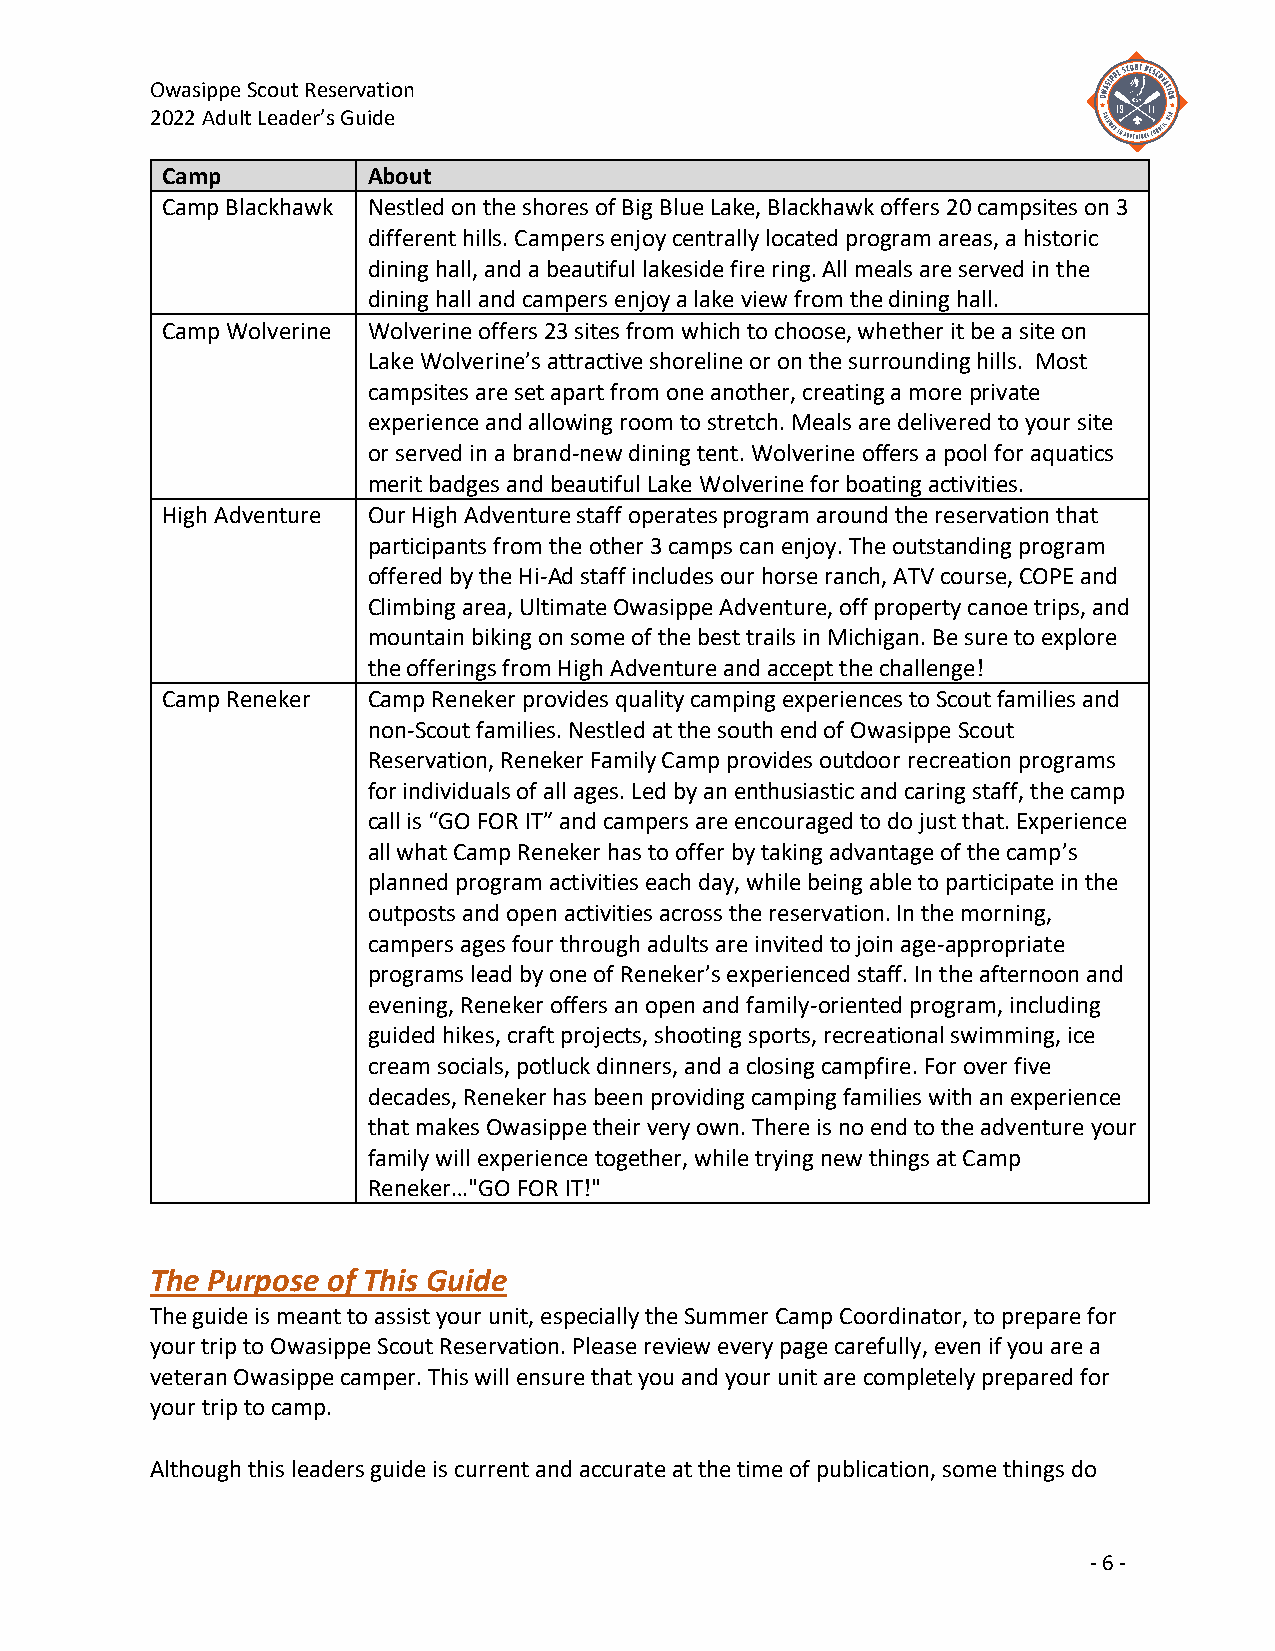
Owasippe Scout Reservation
 2022 Adult Leader’s Guide
 Camp         About
 Camp Blackhawk Nestled on the shores of Big Blue Lake, Blackhawk offers 20 campsites on 3
 different hills. Campers enjoy centrally located program areas, a historic
 dining hall, and a beautiful lakeside fire ring. All meals are served in the
 dining hall and campers enjoy a lake view from the dining hall.
 Camp Wolverine Wolverine offers 23 sites from which to choose, whether it be a site on
 Lake Wolverine’s attractive shoreline or on the surrounding hills. Most
 campsites are set apart from one another, creating a more private
 experience and allowing room to stretch. Meals are delivered to your site
 or served in a brand-new dining tent. Wolverine offers a pool for aquatics
 merit badges and beautiful Lake Wolverine for boating activities.
 High Adventure Our High Adventure staff operates program around the reservation that
 participants from the other 3 camps can enjoy. The outstanding program
 offered by the Hi-Ad staff includes our horse ranch, ATV course, COPE and
 Climbing area, Ultimate Owasippe Adventure, off property canoe trips, and
 mountain biking on some of the best trails in Michigan. Be sure to explore
 the offerings from High Adventure and accept the challenge!
 Camp Reneker Camp Reneker provides quality camping experiences to Scout families and
 non-Scout families. Nestled at the south end of Owasippe Scout
 Reservation, Reneker Family Camp provides outdoor recreation programs
 for individuals of all ages. Led by an enthusiastic and caring staff, the camp
 call is “GO FOR IT” and campers are encouraged to do just that. Experience
 all what Camp Reneker has to offer by taking advantage of the camp’s
 planned program activities each day, while being able to participate in the
 outposts and open activities across the reservation. In the morning,
 campers ages four through adults are invited to join age-appropriate
 programs lead by one of Reneker’s experienced staff. In the afternoon and
 evening, Reneker offers an open and family-oriented program, including
 guided hikes, craft projects, shooting sports, recreational swimming, ice
 cream socials, potluck dinners, and a closing campfire. For over five
 decades, Reneker has been providing camping families with an experience
 that makes Owasippe their very own. There is no end to the adventure your
 family will experience together, while trying new things at Camp
 Reneker…"GO FOR IT!"
 The Purpose of This Guide
 The guide is meant to assist your unit, especially the Summer Camp Coordinator, to prepare for
 your trip to Owasippe Scout Reservation. Please review every page carefully, even if you are a
 veteran Owasippe camper. This will ensure that you and your unit are completely prepared for
 your trip to camp.
 Although this leaders guide is current and accurate at the time of publication, some things do
 - 6 -